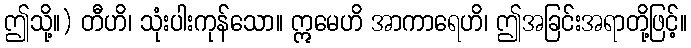
ဤသို့။) တီဟိ၊ သုံးပါးကုန်သော။ ဣမေဟိ အာကာရေဟိ၊ ဤအခြင်းအရာတို့ဖြင့်။